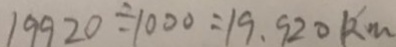
1 9 9 2 0 \div 1 0 0 0 = 1 9 . 9 2 0 k m